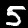
Label: 5